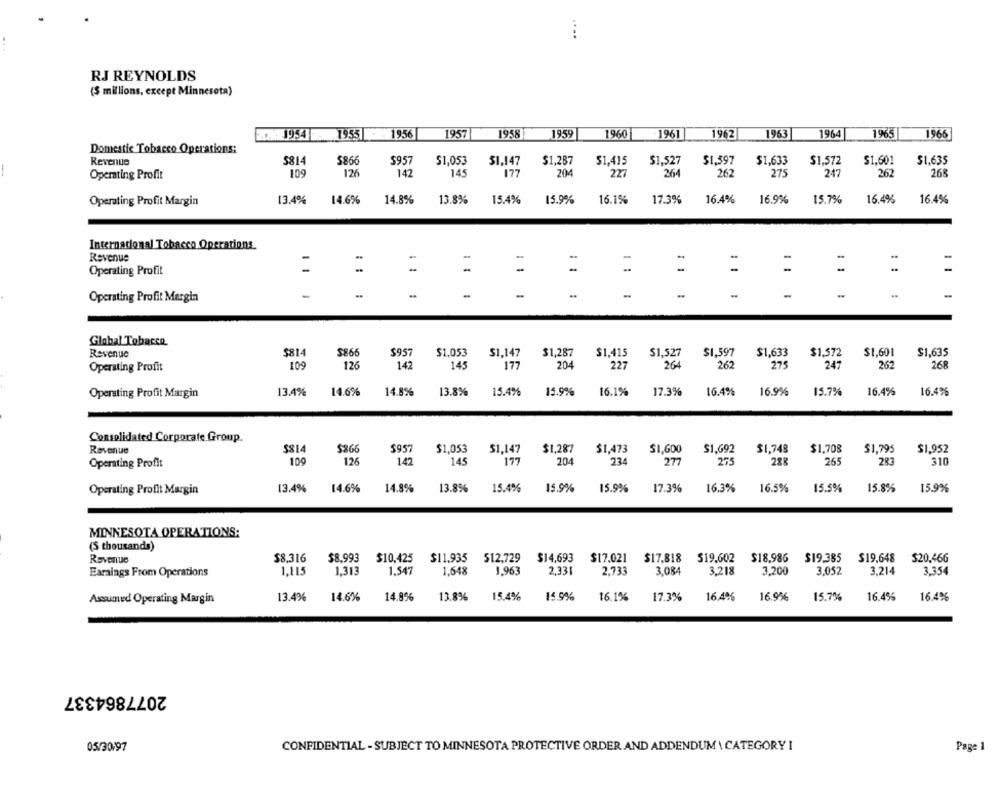
RJ REYNOLDS
(5 millions, except Minnesota)
1954
1956
1957
1958
19:59
1960
.1961
1962
1963
1964
1965
1966
19551
Domestic Tobacco Operations:
Revenue
$814
$866
$957
$1,053
$1,147
$1,287
$1,415
$1,527
$1,597
$1.633
$1,572
$1,601
$1.635
Operating Profit
109
126
142
145
177
204
227
264
262
275
247
262
268
13.4%
14.8%
13.8%
15.9%
16.1%
16.4%
15.7%
Operating Profit Margin
14.6%
15.4%
17.3%
16.9%
16.4%
16.4%
Internacional Tobacco Operations
Revenue
Operating Profit
-
Operating Profit Margin
-
-
Global Tobacco
Revenue
$814
$866
$957
$1,053
$1,147
$1,287
$1,415
$1,527
$1,597
$1,633
$1.572
$1,601
$1,635
109
126
142
145
177
204
227
264
262
275
247
268
Operating Profit
262
Operating Profit Margin
13.4%
14.6%
14.8%
13.8%
15.4%
15.9%
16.1%
17.3%
16.4%
16.9%
15.7%
16.4%
16.4%
Consolidated Corporate Group.
Revenue
$814
$366
$957
$1,053
51,147
$1,287
$1,473
$1,600
$1,692
$1,748
$1,708
$1,795
$1,952
Operating Profit
109
126
142
145
177
204
234
277
275
288
265
283
310
Operating Profit Margin
13.4%
14.6%
14.8%
13.8%
15.4%
15.9%
15.9%
17.3%
16.3%
16.5%
15.5%
15.8%
15.9%
MINNESOTA OPERATIONS:
(S thousands)
Revenue
$8.316
$8,993
$10.425
$11.935 512.729 $14.693
$17.021
$17,818
519.602
$18.986
$19.385
$19.648
$20.466
1,115
1.313
1.547
1,648
1.963
2,331
2.733
3.084
3.218
3,200
3.052
3.214
3.354
Earaings From Operations
Assumed Operating Margin
13.4%
14.6%
14.8%
13.8%
15.4%
15.9%
16.1%
17.3%
16.4%
16.9%
15.7%
16.4%
16.40€
2077864337
05/30/97
CONFIDENTIAL - SUBJECT TO MINNESOTA PROTECTIVE ORDER AND ADDENDUM \ CATEGORY I
Page 1